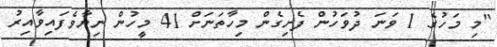
"މި މަހުގެ 1 ވަނަ ދުވަހުން ފެށިގެން މިހާތަނަށް 41 މީހުން ނިޔާވެފައިވާއިރު